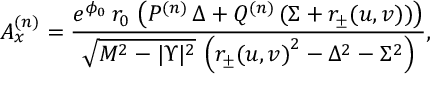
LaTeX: A _ { x } ^ { ( n ) } = { \frac { e ^ { { \phi _ { 0 } } } \, r _ { 0 } \, \left( { P ^ { ( n ) } } \, { \Delta } + { Q ^ { ( n ) } } \, ( \Sigma + r _ { \pm } ( u , v ) ) \right) } { { \sqrt { { M ^ { 2 } } - { | \Upsilon | ^ { 2 } } } } \, \left( { { r _ { \pm } ( u , v ) } ^ { 2 } } - { { { \Delta } } ^ { 2 } } - { \Sigma ^ { 2 } } \right) } } ,